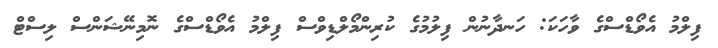
ފިލްމު އެވޯޑްސްގެ ވާހަކަ: ހަނދާނުން ފިލުމުގެ ކުރިންމޯލްޑިވްސް ފިލްމު އެވޯޑްސްގެ ނޮމިނޭޝަންސް ލިސްޓް